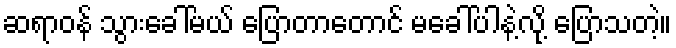
ဆရာဝန် သွားခေါ်မယ် ပြောတာတောင် မခေါ်ပါနဲ့လို့ ပြောသတဲ့။